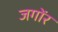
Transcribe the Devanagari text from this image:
जगोंर